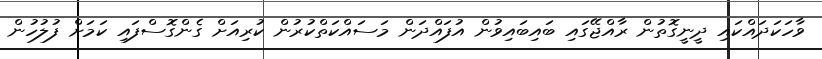
ވާހަކަދައްކައި ދީނީގޮތުން ރާއްޖޭގައި ބައިބައިވުން އުފައްދަން މަސައްކަތްކުރުން ކުރިއަށް ގެންގޮސްފައި ކަމަށް ފުލުހުން